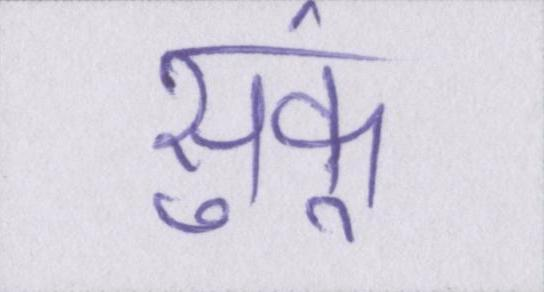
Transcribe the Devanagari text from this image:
सुकूं